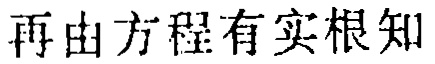
再由方程有实根知